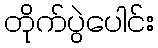
တိုက်ပွဲပေါင်း